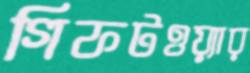
গিফটওয়্যার